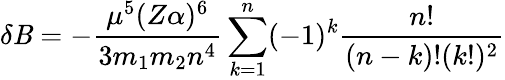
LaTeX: \delta\mathit{B}=-\frac{{\mu^{5}(Z\alpha)^{6}}}{{3m_{1}m_{2}n^{4}}}\sum_{k=1}^{n}(-1)^{k}\frac{{n!}}{{(n-k)!(k!)^{2}}}